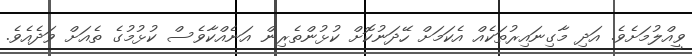
ވީއްލުމަށެވެ. އަދި މާގިނައިރުތަކެއް އެކަމަށް ހޭދަނުކޮށް ކުޅުންތެރިން އަނެއްކާވެސް ކުޅުމުގެ ތެއަށް ވަދެއެވެ.